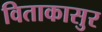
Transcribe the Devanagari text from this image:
विताकासुर